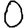
Digit: 0